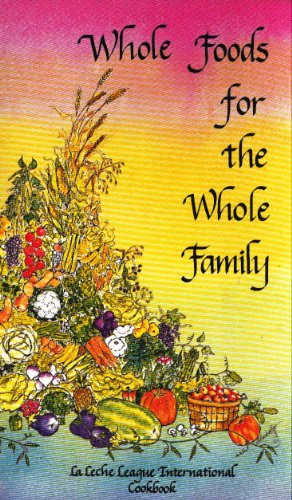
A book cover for Whole foods for the whole family: LaLeche League International Cookbook; Cookbooks, Food & Wine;